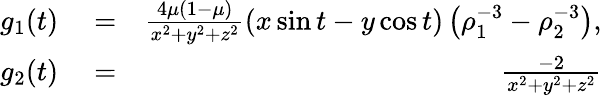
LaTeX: \begin{array}{rlr}{g_{1}(t)}&{{}=}&{\frac{4\mu(1-\mu)}{x^{2}+y^{2}+z^{2}}(x\sin{t}-y\cos{t})\left(\rho_{1}^{-3}-\rho_{2}^{-3}\right),}\\ {g_{2}(t)}&{{}=}&{\frac{-2}{x^{2}+y^{2}+z^{2}}}\end{array}